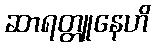
ဆာရတ္တူနေဟိ